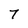
Character: 7